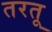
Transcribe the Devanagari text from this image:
तरतू